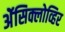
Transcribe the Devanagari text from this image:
ॲेसिक्लोव्हिर